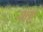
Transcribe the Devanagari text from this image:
शष्ट